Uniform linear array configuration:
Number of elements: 16
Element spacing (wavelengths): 1
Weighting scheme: binomial
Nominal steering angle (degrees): -45
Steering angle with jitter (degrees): -46.259
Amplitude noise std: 0.05
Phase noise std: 0.05

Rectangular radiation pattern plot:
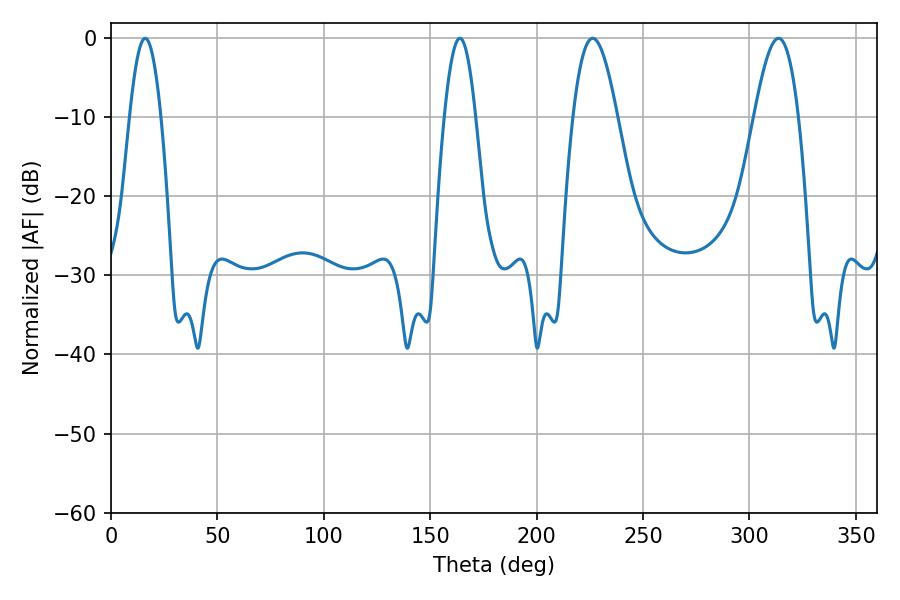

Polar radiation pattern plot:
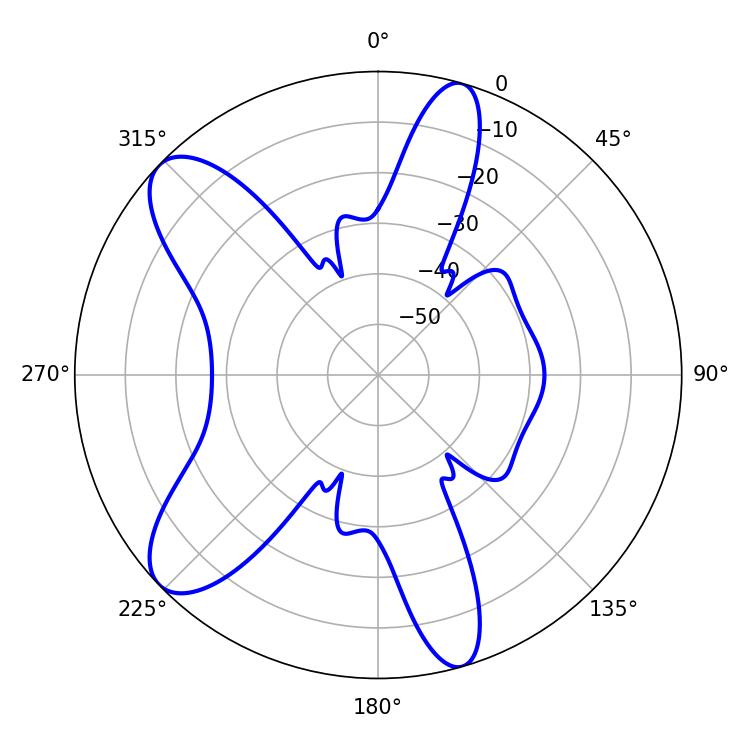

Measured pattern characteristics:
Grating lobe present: TRUE
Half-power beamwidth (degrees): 7.92
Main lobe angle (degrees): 16.02